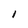
Character: l